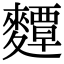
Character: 𪍵